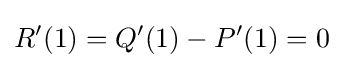
R'(1)=Q'(1)-P'(1)=0